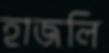
হাজলি